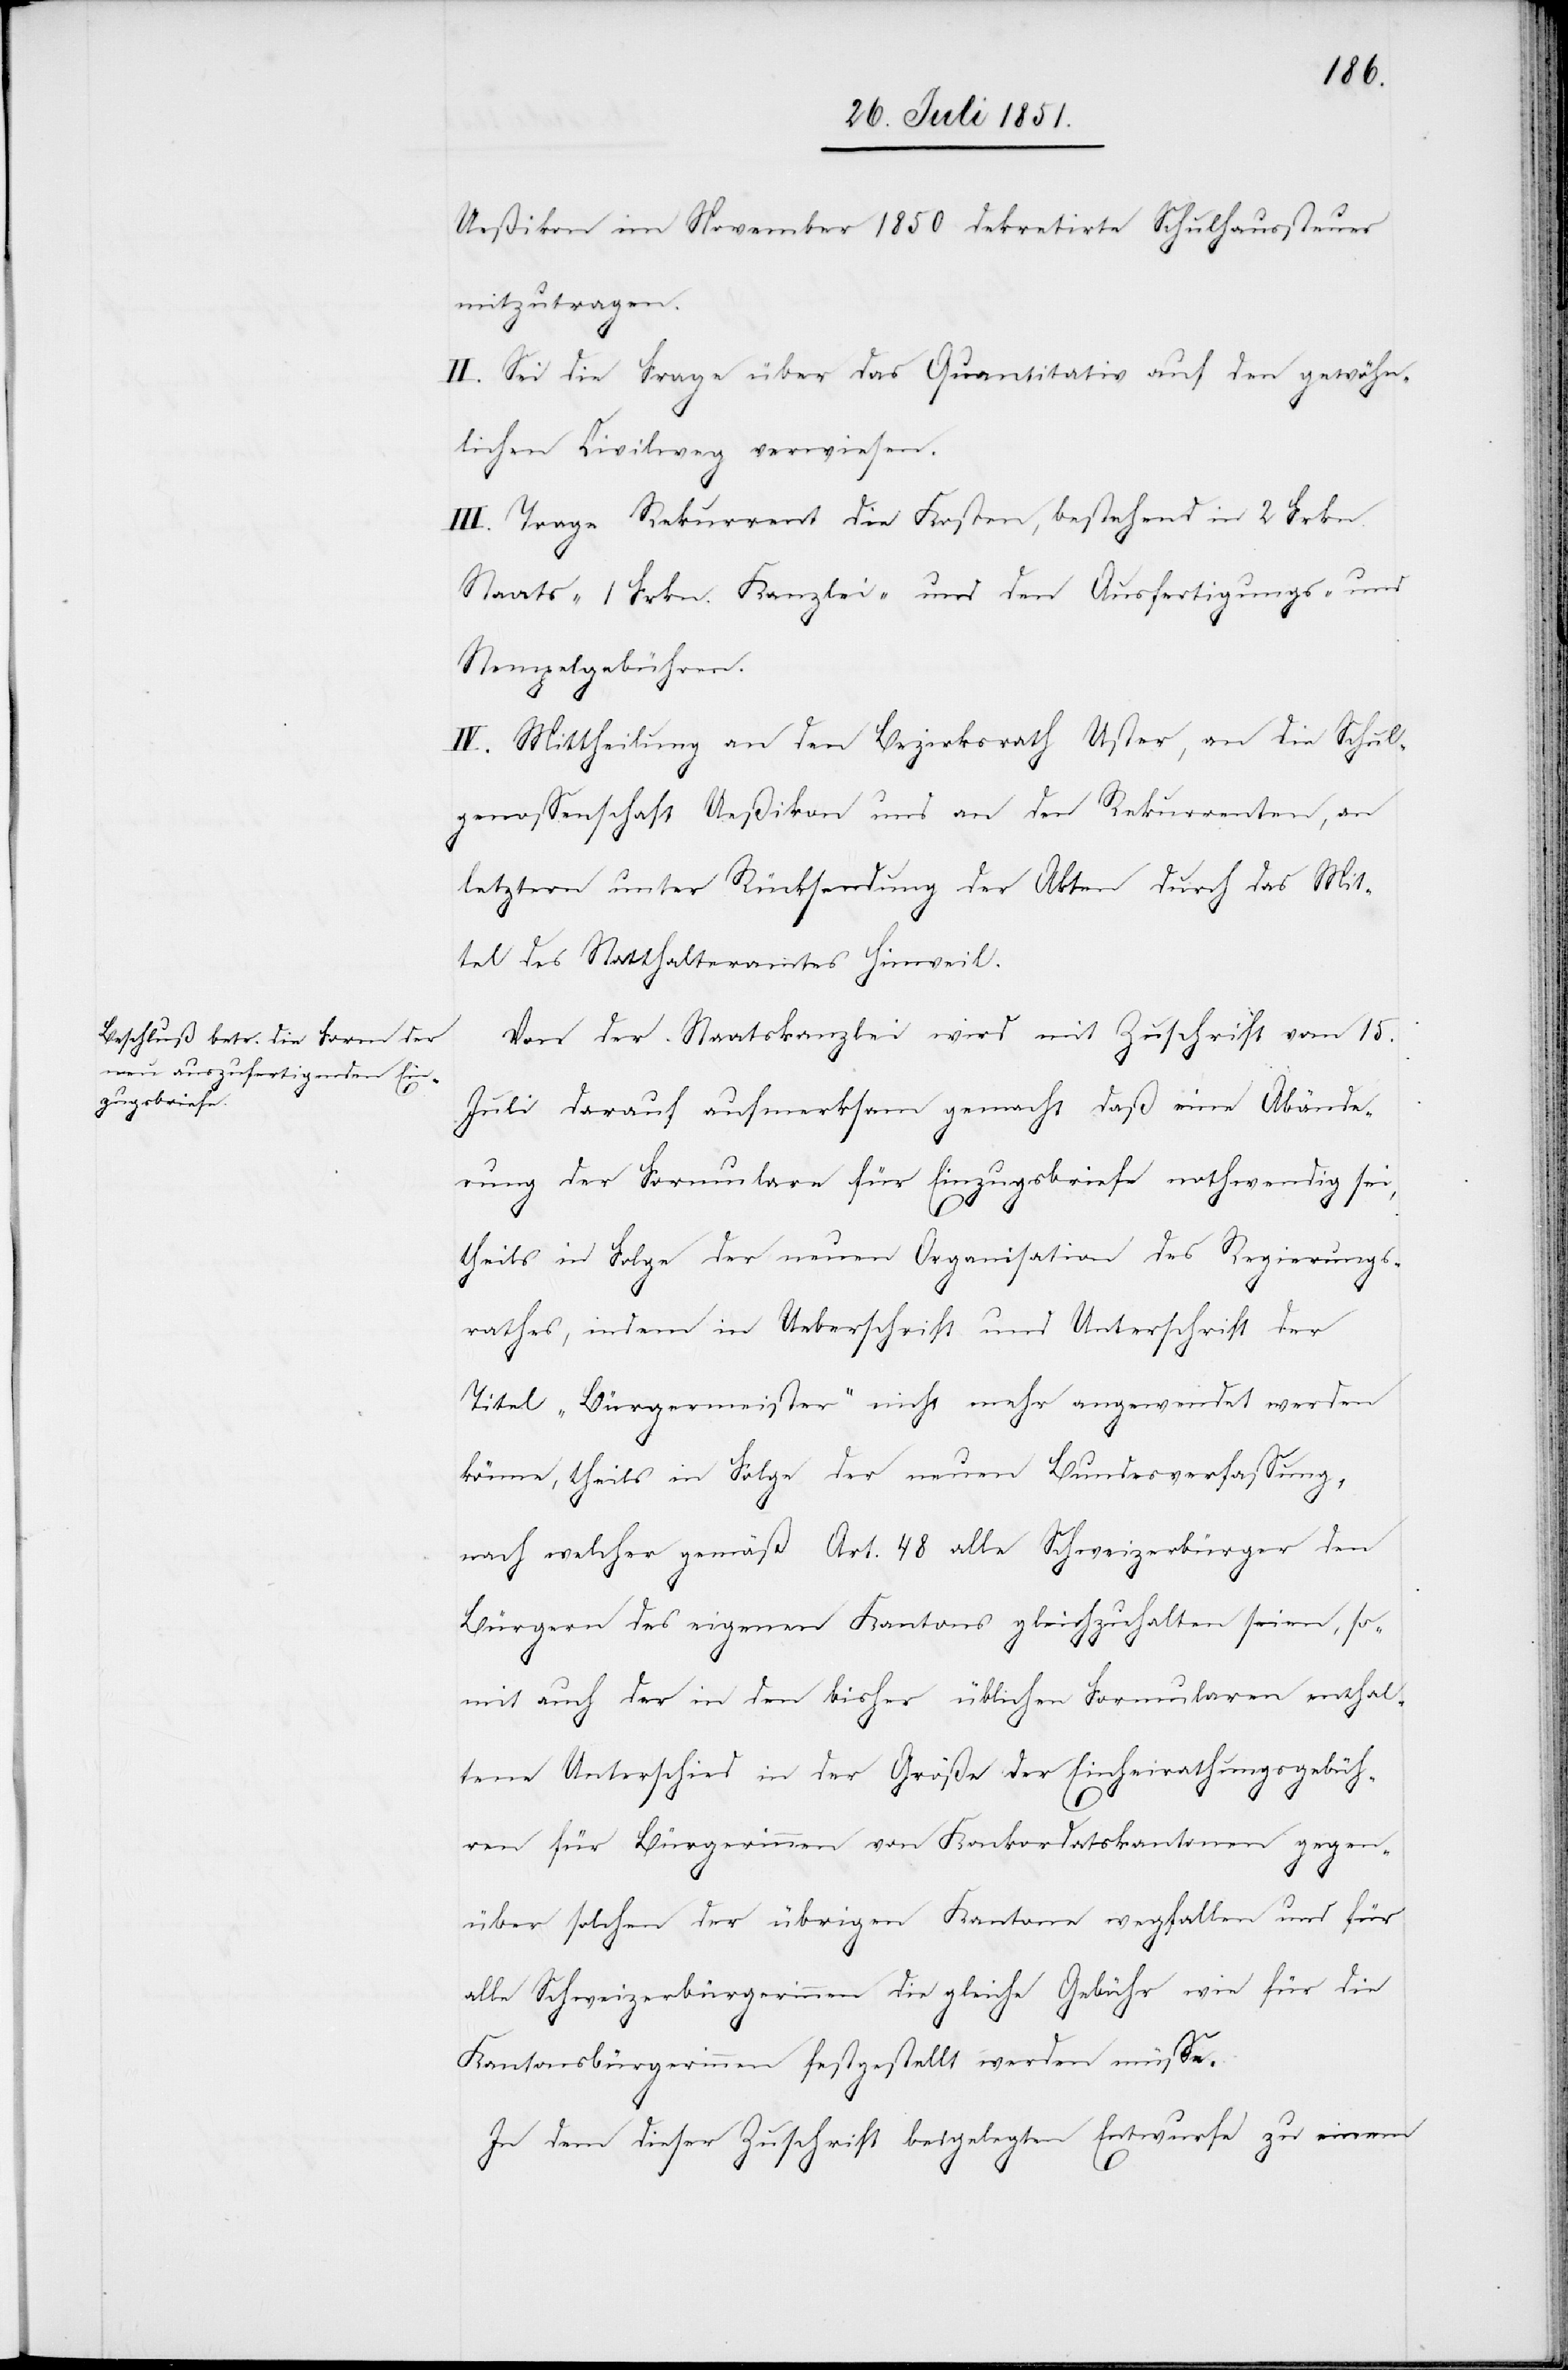
Ueßikon im November 1850 dekretirte Schulhaussteuer
mitzutragen.
II. Sei die Frage über das Quantitativ auf den gewöhn¬
lichen Civilweg verwiesen.
III. Trage Rekurrent die Kosten, bestehend in 2 Frkn.
Staats-[,] 1 Frkn. Kanzlei- und den Ausfertigungs- und
Stempelgebühren.
IV. Mittheilung an den Bezirksrath Uster, an die Schul¬
genossenschaft Ueßikon und an den Rekurrenten, an
letztern unter Rücksendung der Akten durch das Mit¬
tel des Statthalteramtes Hinweil.
Von der Staatskanzlei wird mit Zuschrift vom 15.
Juli darauf aufmerksam gemacht daß eine Abände¬
rung der Formulare für Einzugsbriefe nothwendig sei,
theils in Folge der neuen Organisation des Regierungs¬
rathes, indem in Ueberschrift und Unterschrift der
Titel „Bürgermeister“ nicht mehr angewendet werden
könne, theils in Folge der neuen Bundesverfassung,
nach welcher gemäß Art. 48 alle Schweizerbürger den
Bürgern des eigenen Kantons gleichzuhalten seien, so¬
mit auch der in den bisher üblichen Formularen enthal¬
tene Unterschied in der Größe der Einheirathungsgebüh¬
ren für Bürgerinnen von Konkordatskantonen gegen¬
über solchen der übrigen Kantone wegfallen und für
alle Schweizerbürgerinnen die gleiche Gebühr wie für die
Kantonsbürgerinnen festgestellt werden müsse.
In dem dieser Zuschrift beigelegten Entwurfe zu einem